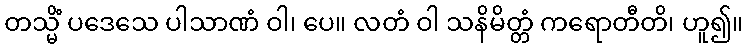
တသ္မိံ ပဒေသေ ပါသာဏံ ဝါ၊ ပေ။ လတံ ဝါ သနိမိတ္တံ ကရောတီတိ၊ ဟူ၍။